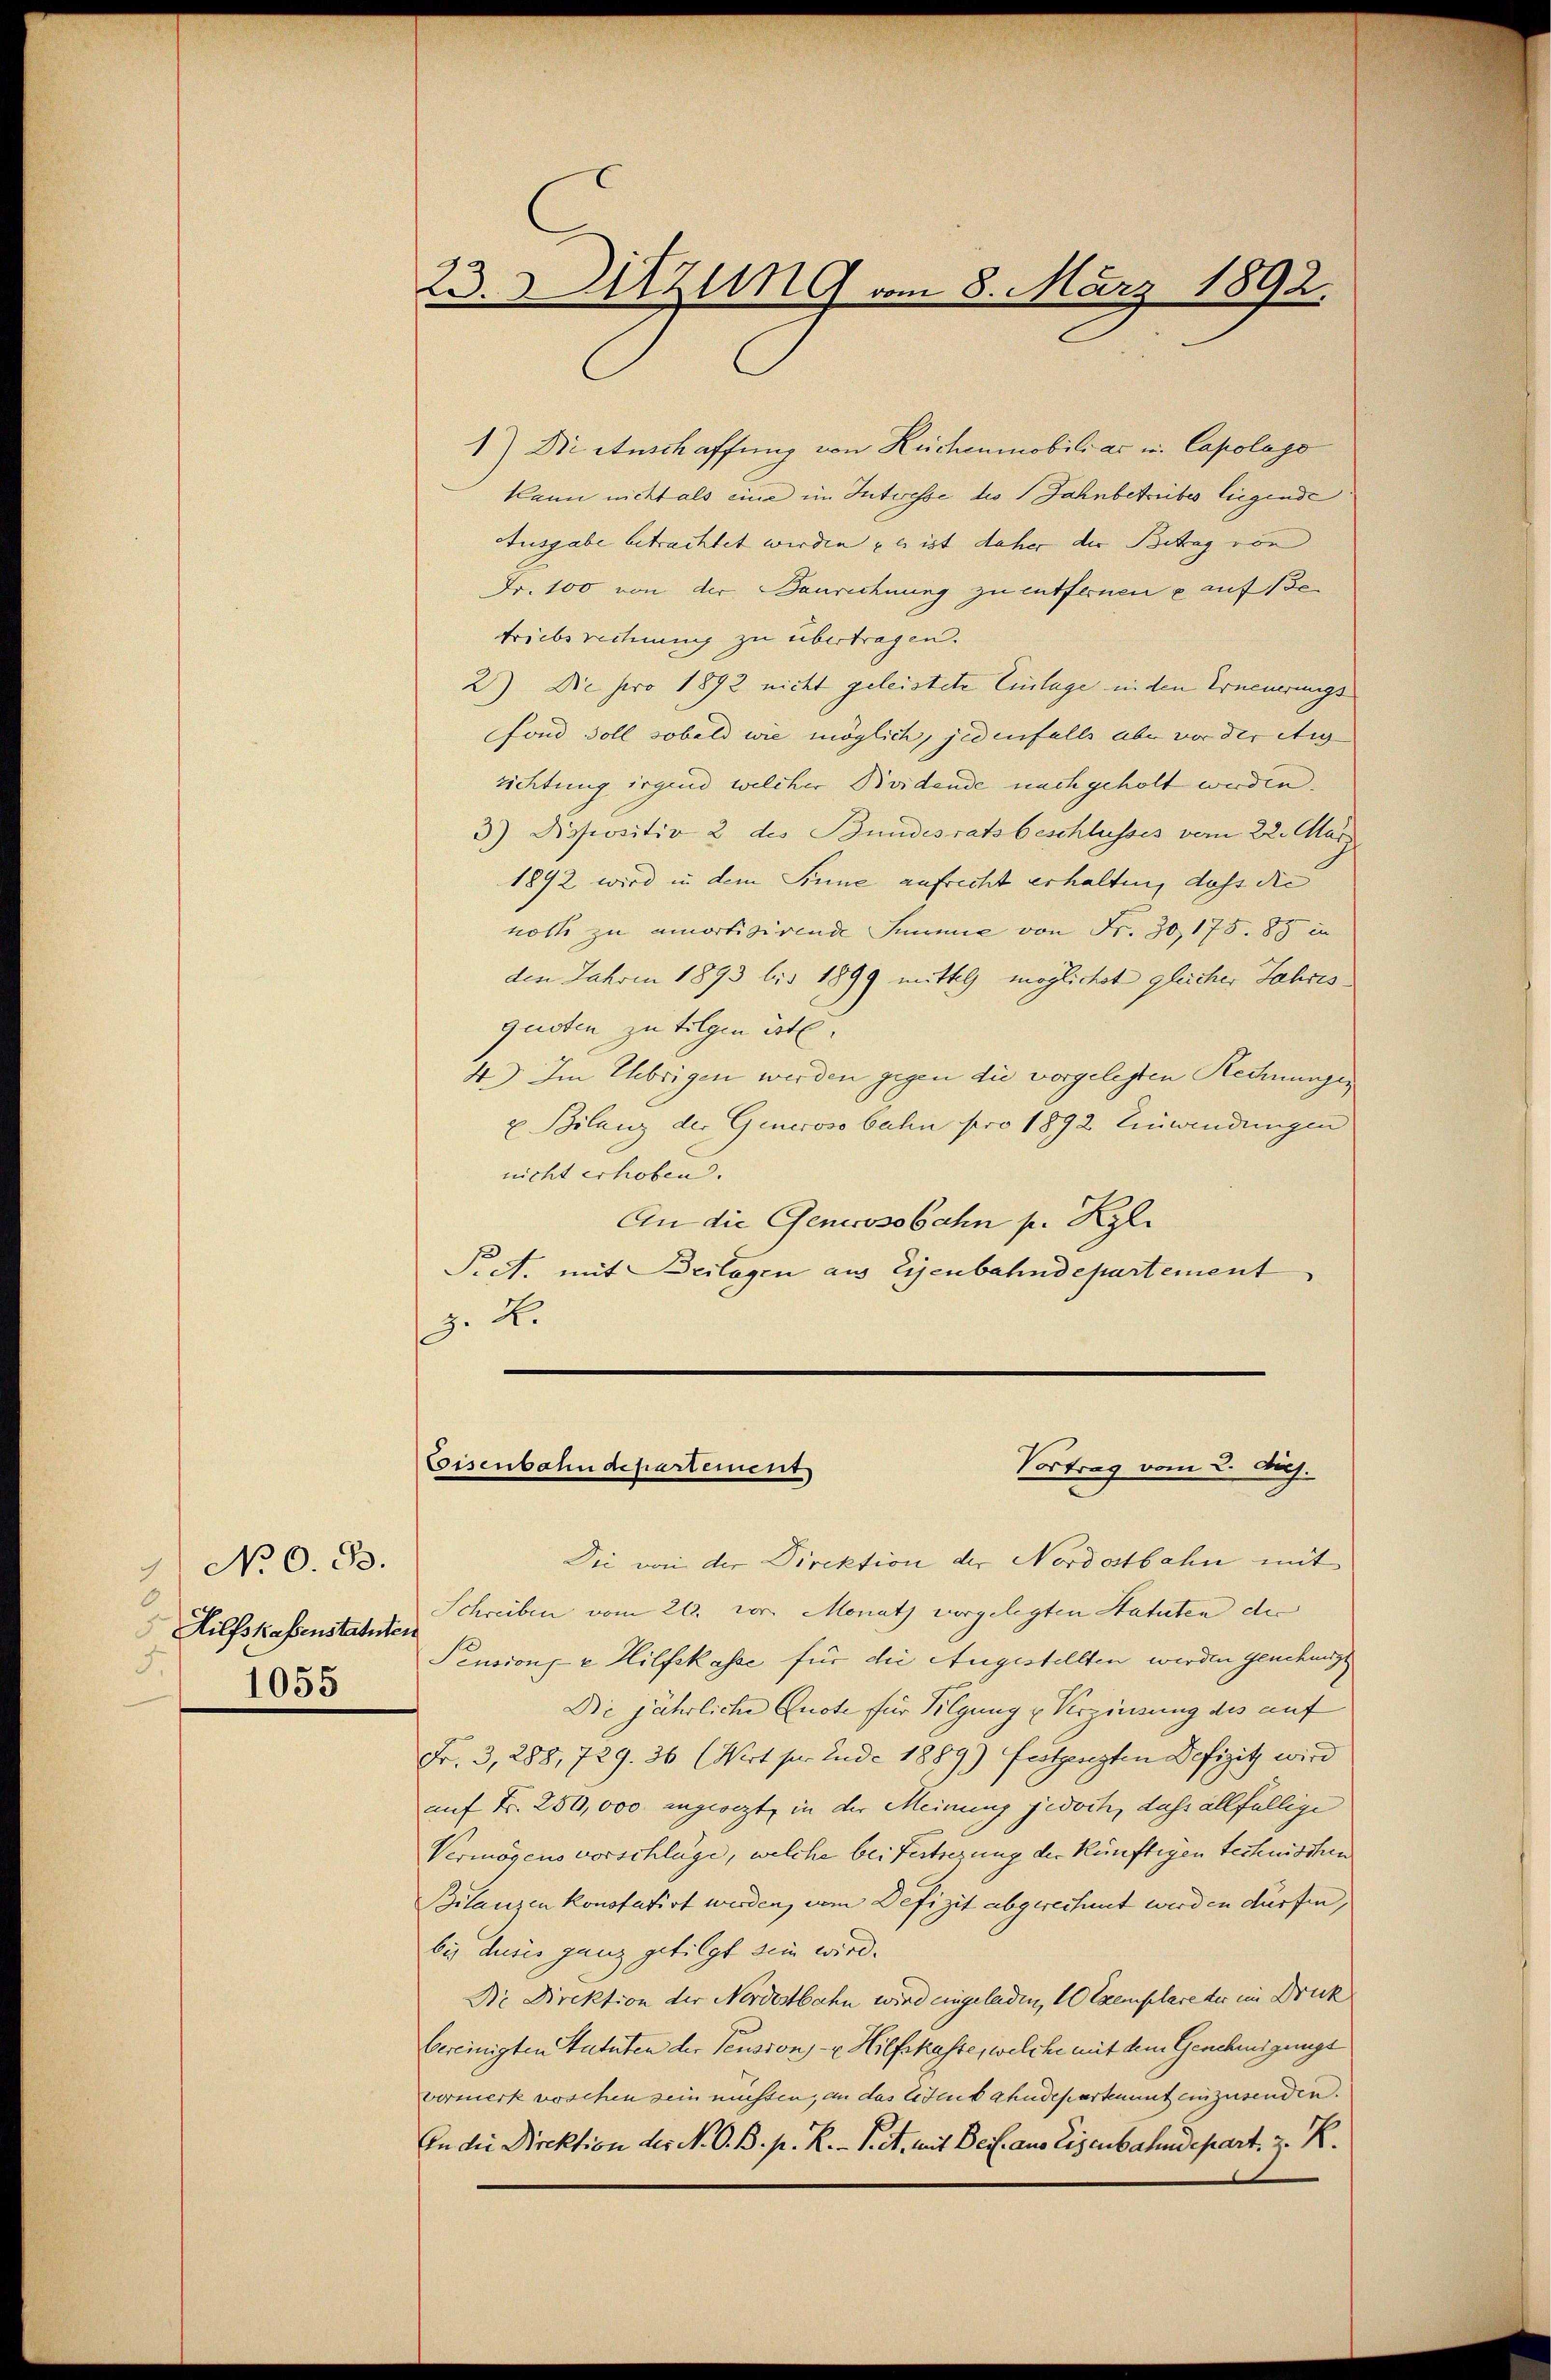
1) No 0. ds.
Hilfskassenstatuten
F.
1055

23. Sitzung vom 8. März 1892.

1) Die Anschaffung von Reichenmobiliar in Capolago
kann nicht als eine im Interesse des Jahnbetreibes liegende
Ausgabe betrachtet werden, es ist daher der Betrag von
Fr. 100 von der Baurechnung zu entfernen u auf 130
triebereitung zu übertragen.
2) Die pro 1892 nicht geleistete Einlage in den Erneuerungs
Fond soll sobald wie möglich, jedenfalls aber vor der etig
richtung irgend welcher Beidende nach geholt werden.
3.) Dispositiv 2 des Bundesratsbeschlusses vom 22. März
1892 wird in dem Sinne aufrecht erhalten, dass die
nott zu amortizirende Summe von Fr. 30, 175. 88 in
den Jahren 1893 bis 1899 mittel möglichst gleicher Jahres
guoten zu folgen ist.
4.) Im Uebrigen werden gegen die vorgelesten Rechnungen
 Bilanz der Generoso bahn pro 1892 Einwendungen
nicht erhoben.
An die Generosobahn p. Kzl.
P A. mit Beilagen aus Eisenbahndepartement
J. H.

Vortrag vom 2. Doch.
Coisenbahndepartement

Die von der Direktion der Nordostbahn mit
Schreiben vom 21. vor. Monath vorgelegten Statuten der
Pension u Hilfskasse für die Angestellten werden genehmigt
Die jährliche Quote für Tilgung u Verzinsung des auf
Fr. 3, 288, 729. 36 (Nrt pr. Ende 1889) festgenzten Defizitz wird
auf Fr. 250,000 angeorzt, in der Meinung jedoch, daß allfällige
Vermögens vorschlüge, welche bei Festsezung der künftigen technischen
Bilanzen konstatirt werden, vom Defizit abgerechnet werden dürfen,
bis dusis ganz getilgt sein wird.
Dr Direktion der Nordostbahn wird eingeladen, 1 Exemplare der im Druck
bereinigten Statuten der Pension - Hilfskasse, welche mit dem Genehmigungs
vormerk voschen sein müssen, an das Eisenbahndepartement einzusenden.
An die Direktion der N. O. B. p. R. P. et. mit Beil. aus Eisenbahndepart. z. R.